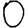
Digit: 0